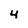
Character: 4